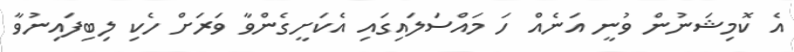
އެ ކޮމިޝަނުން ވުނީ އަނެއް ހަ މައްސަލައިގައި އެކަށީގެންވާ ވަރަށް ހެކި ލިބިފައިނުވާ